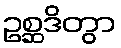
ဥစ္ဆဒိတွာ